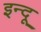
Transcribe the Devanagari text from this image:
इन्‍दू